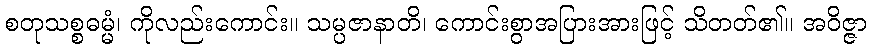
စတုသစ္စဓမ္မံ၊ ကိုလည်းကောင်း။ သမ္ပဇာနာတိ၊ ကောင်းစွာအပြားအားဖြင့် သိတတ်၏။ အဝိဇ္ဇာ